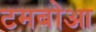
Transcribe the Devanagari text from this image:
टमबोआ